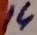
Text: 14